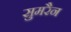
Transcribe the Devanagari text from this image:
सुमरैन